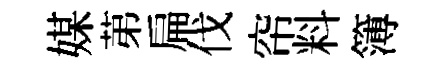
媒苐扁伐帘料簿